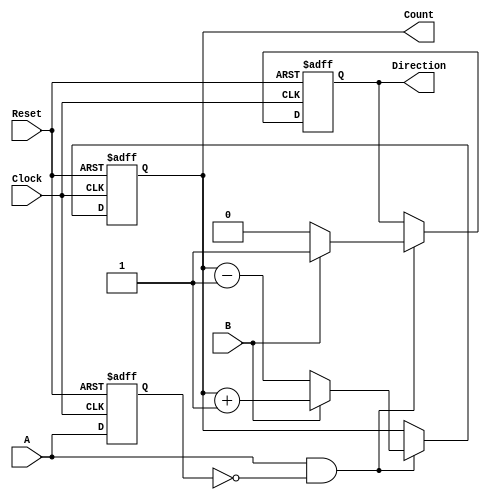
module RotaryEncoder (
    input wire A,          // Signal A from the rotary encoder
    input wire B,          // Signal B from the rotary encoder
    input wire Reset,      // Reset signal
    input wire Clock,      // Clock signal
    output reg [7:0] Count, // 8-bit count output
    output reg Direction    // Direction output: 0 for counterclockwise, 1 for clockwise
);

// Internal state registers to hold previous states
reg A_prev;
reg B_prev;

always @(posedge Clock or posedge Reset) begin
    if (Reset) begin
        Count <= 8'b0;      // Reset the count to zero
        Direction <= 0;     // Reset the direction
        A_prev <= 0;        // Reset previous A state
        B_prev <= 0;        // Reset previous B state
    end else begin
        // Detect rising edge of A
        if (A && !A_prev) begin
            // Determine direction based on the state of B
            if (B) begin
                Count <= Count + 1;  // Increment for clockwise
                Direction <= 1;       // Clockwise
            end else begin
                Count <= Count - 1;  // Decrement for counterclockwise
                Direction <= 0;       // Counterclockwise
            end
        end

        // Update previous values
        A_prev <= A;
        B_prev <= B;
    end
end

endmodule